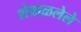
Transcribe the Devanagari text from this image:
शेवाळलेले